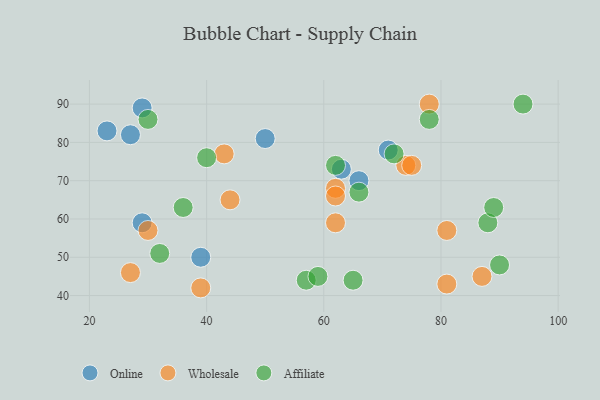
{"axis": {"x": "GDP", "y": "Life Expectancy"}, "legend": ["Affiliate", "Online", "Wholesale"], "data": [{"x": "71", "y": 78, "type": "Online"}, {"x": "63", "y": 73, "type": "Online"}, {"x": "23", "y": 83, "type": "Online"}, {"x": "29", "y": 59, "type": "Online"}, {"x": "66", "y": 70, "type": "Online"}, {"x": "50", "y": 81, "type": "Online"}, {"x": "39", "y": 50, "type": "Online"}, {"x": "29", "y": 89, "type": "Online"}, {"x": "27", "y": 82, "type": "Online"}, {"x": "62", "y": 59, "type": "Wholesale"}, {"x": "30", "y": 57, "type": "Wholesale"}, {"x": "62", "y": 68, "type": "Wholesale"}, {"x": "78", "y": 90, "type": "Wholesale"}, {"x": "62", "y": 66, "type": "Wholesale"}, {"x": "74", "y": 74, "type": "Wholesale"}, {"x": "44", "y": 65, "type": "Wholesale"}, {"x": "43", "y": 77, "type": "Wholesale"}, {"x": "75", "y": 74, "type": "Wholesale"}, {"x": "81", "y": 43, "type": "Wholesale"}, {"x": "81", "y": 57, "type": "Wholesale"}, {"x": "27", "y": 46, "type": "Wholesale"}, {"x": "39", "y": 42, "type": "Wholesale"}, {"x": "87", "y": 45, "type": "Wholesale"}, {"x": "62", "y": 74, "type": "Affiliate"}, {"x": "57", "y": 44, "type": "Affiliate"}, {"x": "66", "y": 67, "type": "Affiliate"}, {"x": "78", "y": 86, "type": "Affiliate"}, {"x": "72", "y": 77, "type": "Affiliate"}, {"x": "40", "y": 76, "type": "Affiliate"}, {"x": "94", "y": 90, "type": "Affiliate"}, {"x": "59", "y": 45, "type": "Affiliate"}, {"x": "30", "y": 86, "type": "Affiliate"}, {"x": "36", "y": 63, "type": "Affiliate"}, {"x": "88", "y": 59, "type": "Affiliate"}, {"x": "89", "y": 63, "type": "Affiliate"}, {"x": "90", "y": 48, "type": "Affiliate"}, {"x": "65", "y": 44, "type": "Affiliate"}, {"x": "32", "y": 51, "type": "Affiliate"}]}